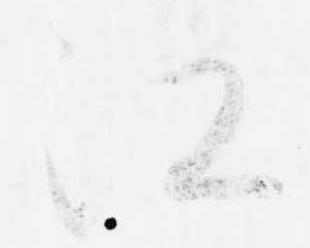
江